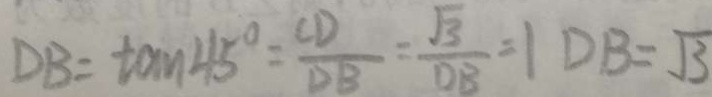
D B = \tan 4 5 ^ { \circ } = \frac { C D } { D B } = \frac { \sqrt { 3 } } { D B } = 1 D B = \sqrt { 3 }